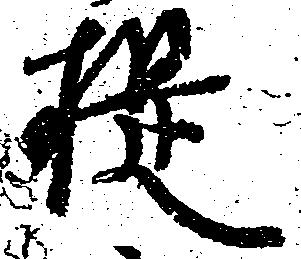
提